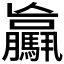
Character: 𩦻